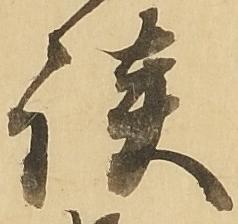
談